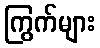
ကြွက်များ